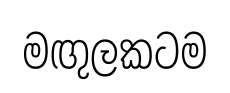
මඟුලකටම